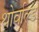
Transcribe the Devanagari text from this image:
थोर्वाल्ड